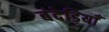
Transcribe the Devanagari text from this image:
बंदेड़ियाँ